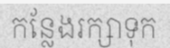
កន្លែងរក្សាទុក